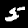
Digit: 5